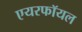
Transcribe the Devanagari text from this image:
एयरफॉयल